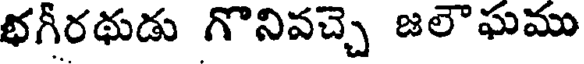
భగీరథుడు గొనివచ్చె జలౌఘము